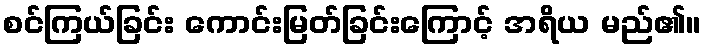
စင်ကြယ်ခြင်း ကောင်းမြတ်ခြင်းကြောင့် အရိယ မည်၏။